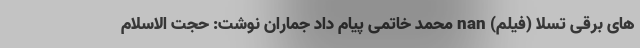
های برقی تسلا (فیلم) nan محمد خاتمی پیام داد جماران نوشت: حجت الاسلام